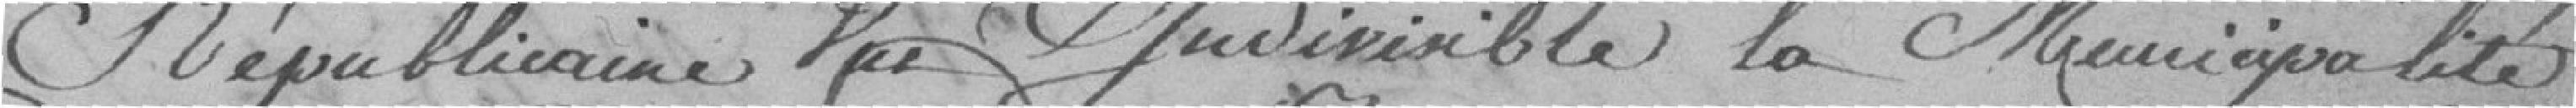
républicaine une et indivisible la municipalité